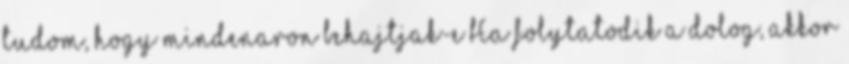
tudom, hogy mindenaron behajtjak-e Ha folytatodik a dolog, akkor